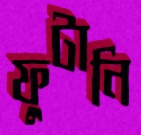
ফুটানি